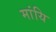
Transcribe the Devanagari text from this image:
मांयि